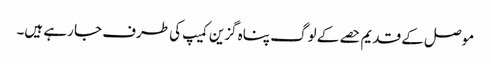
موصل کے قدیم حصے کے لوگ پناہ گزین کمیپ کی طرف جا رہے ہیں۔